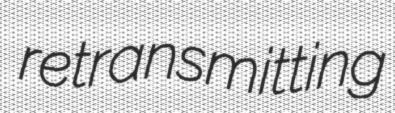
retransmitting